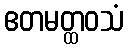
ဧတမတ္ထဝသံ